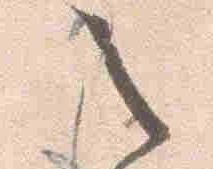
之